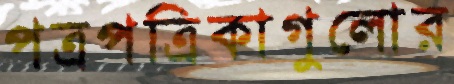
পত্রপত্রিকাগুলোর